[Report on the health of British troops in the Madras command]
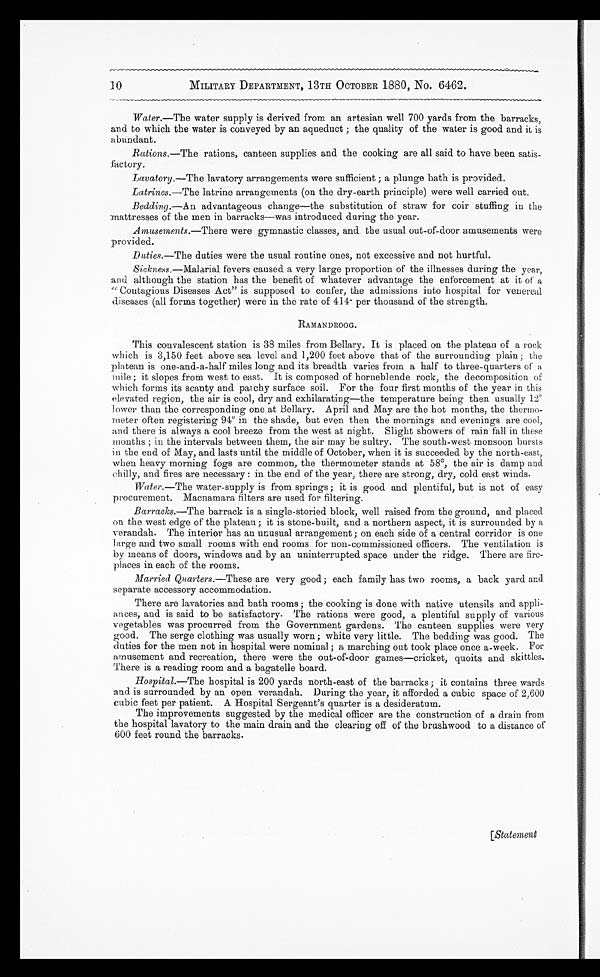
10
MILITARY DEPARTMENT, 13TH OCTOBER 1880, No. 6462.
Water. —The water supply is derived from an artesian well 700 yards from the barracks,
and to which the water is conveyed by an aqueduct ; the quality of the water is good and it is
abundant.
Rations. —The rations, canteen supplies and the cooking are all said to have been satis-
factory.
Lavatory.—The lavatory arrangements were sufficient ; a plunge bath is provided.
Latrines. —The latrine arrangements (on the dry-earth principle) were well carried out.
Bedding.—An advantageous change—the substitution of straw for coir stuffing in the
mattresses of the men in barracks—was introduced during the year.
Amusements. —There were gymnastic classes, and the usual out-of-door amusements were
provided.
Duties.—The duties were the usual routine ones, not excessive and not hurtful.
Sickness.—Malarial fevers caused a very large proportion of the illnesses during the year,
and although the station has the benefit of whatever advantage the enforcement at it of a
"Contagious Diseases Act" is supposed to confer, the admissions into hospital for venereal
diseases (all forms together) were in the rate of 414. per thousand of the strength.
RAMANDROOG.
This convalescent station is 38 miles from Bellary. It is placed on the plateau of a rock
which is 3,150 feet above sea level and 1,200 feet above that of the surrounding plain ; the
platean is one-and-a-half miles long and its breadth varies from a half to three-quarters of a
mile ; it slopes from west to east. It is composed of horneblende rock, the decomposition of
which forms its scanty and patchy surface soil. For the four first months of the year in this
elevated region, the air is cool, dry and exhilarating—the temperature being then usually 12°l
ower than the corresponding one at Bellary. April and May are the hot months, the thermo-
meter often registering 94º in the shade, but even then the mornings and evenings are cool,
and there is always a cool breeze from the west at night. Slight showers of rain fall in these
months ; in the intervals between them, the air may be sultry. The south-west monsoon bursts
in the end of May, and lasts until the middle of October, when it is succeeded by the north-east,
when heavy morning fogs are common, the thermometer stands at 58°, the air is damp and
chilly, and fires are necessary : in the end of the year, there are strong, dry, cold east winds.
Water. —The water-supply is from springs ; it is good and plentiful, but is not of easy
procurement. Macnamara filters are used for filtering.
Barracks. —The barrack is a single-storied block, well raised from the ground, and placed
on the west edge of the plateau ; it is stone-built, and a northern aspect, it is surrounded by a
verandah. The interior has an unusual arrangement ; on each side of a central corridor is one
large and two small rooms with end rooms for non-commissioned officers. The ventilation is
by means of doors, windows and by an uninterrupted space under the ridge. There are fire-
places in each of the rooms.
Married Quarters. —These are very good ; each family has two rooms, a back yard and.
separate accessory accommodation.
There are lavatories and bath rooms; the cooking is done with native utensils and appli-
ances, and is said to be satisfactory. The rations were good, a plentiful supply of various
vegetables was procurred from the Government gardens. The canteen supplies were very
good. The serge clothing was usually worn; white very little. The bedding was good. The
duties for the men not in hospital were nominal ; a marching out took place once a-week. For
amusement and recreation, there were the out-of-door games—cricket, quoits and skittles.
There is a reading room and a bagatelle board.
Hospital.—The hospital is 200 yards north-east of the barracks ; it contains three wards
and is surrounded by an open verandah. During the year, it afforded a cubic space of 2,600
cubic feet per patient. A Hospital Sergeant's quarter is a desideratum.
The improvements suggested by the medical officer are the construction of a drain from
the hospital lavatory to the main drain and the clearing off of the brushwood to a distance of
600 feet round the barracks.
[Statement